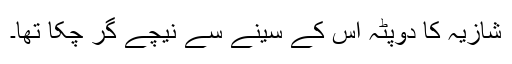
شازیہ کا دوپٹہ اس کے سینے سے نیچے گر چکا تھا۔